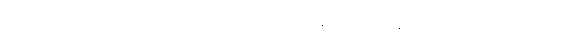
ထက်တစ်နေ့ ရွံစရာကောင်းလာတယ်၊ သူက မိန်းမပြည့်တန်ဆာသာမက ယောက်ျား